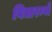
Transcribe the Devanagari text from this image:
विद्यारम्भे